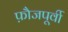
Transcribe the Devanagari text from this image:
फ़ौजपूर्वी